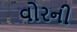
વોરની